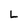
Character: L